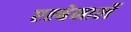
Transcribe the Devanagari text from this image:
एल्बेमार्ले